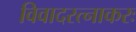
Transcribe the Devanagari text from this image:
विवादरत्नाकरः